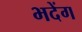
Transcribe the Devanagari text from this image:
भदेंग